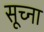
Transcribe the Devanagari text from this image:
सूच्ना